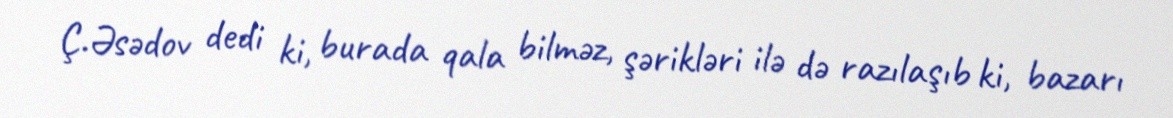
Ç.Əsədov dedi ki, burada qala bilməz, şərikləri ilə də razılaşıb ki, bazarı